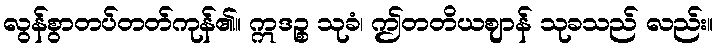
လွန်စွာတပ်တတ်ကုန်၏။ ဣဒဉ္စ သုခံ၊ ဤတတိယဈာန် သုခသည် လည်း။